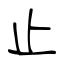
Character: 止